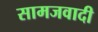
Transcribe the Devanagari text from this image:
सामजवादी